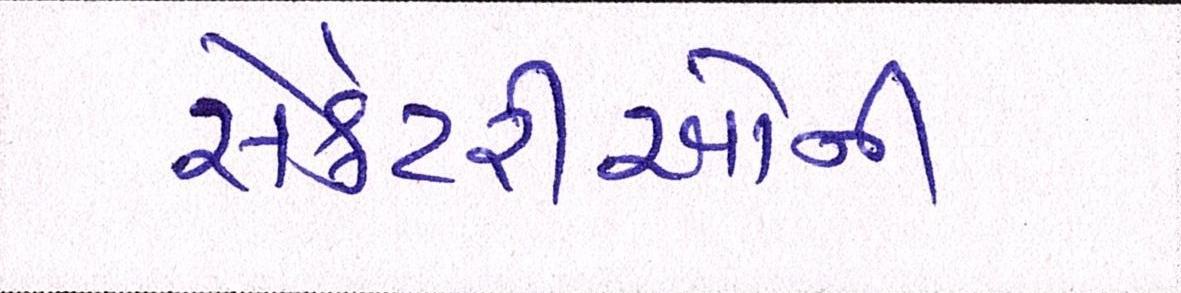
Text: સેક્રેટરીઓની